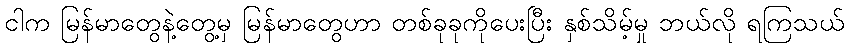
ငါက မြန်မာတွေနဲ့တွေ့မှ မြန်မာတွေဟာ တစ်ခုခုကိုပေးပြီး နှစ်သိမ့်မှု ဘယ်လို ရကြသယ်